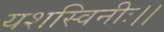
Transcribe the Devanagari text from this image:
यशस्विनीः।।